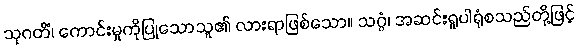
သုဂတိံ၊ ကောင်းမှုကိုပြုသောသူ၏ လားရာဖြစ်သော။ သဂ္ဂံ၊ အဆင်းရူပါရုံစသည်တို့ဖြင့်